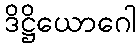
ဒိဋ္ဌိယောဂေါ